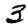
Digit: 3